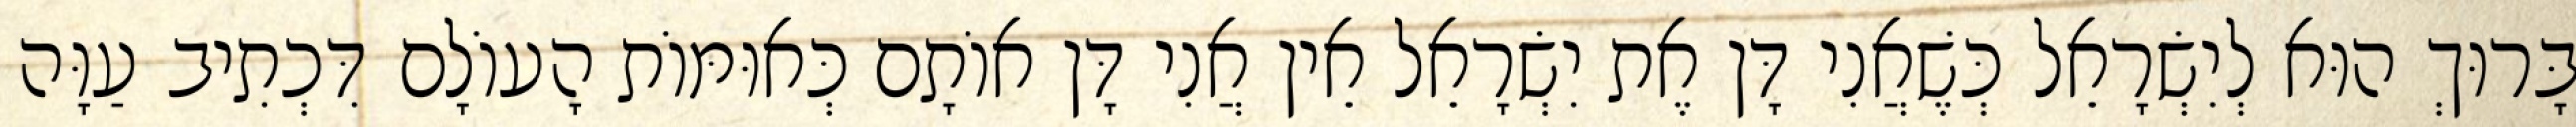
בָּרוּךְ הוּא לְיִשְׂרָאֵל כְּשֶׁאֲנִי דָּן אֶת יִשְׂרָאֵל אֵין אֲנִי דָּן אוֹתָם כְּאוּמּוֹת הָעוֹלָם דִּכְתִיב עַוָּה